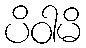
ပိဝါမိ